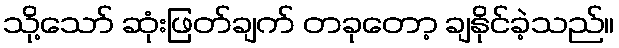
သို့သော် ဆုံးဖြတ်ချက် တခုတော့ ချနိုင်ခဲ့သည်။